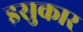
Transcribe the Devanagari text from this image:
इसुकार